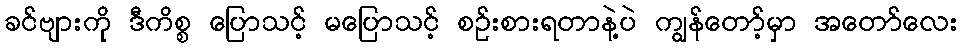
ခင်ဗျားကို ဒီကိစ္စ ပြောသင့် မပြောသင့် စဉ်းစားရတာနဲ့ပဲ ကျွန်တော့်မှာ အတော်လေး